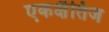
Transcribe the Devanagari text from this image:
एकक्षैतिज